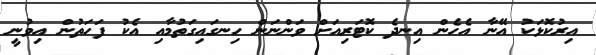
އިރުކޮޅަކު އޭނާ އެހެން އިނދެ ކޮޓަރިއަށް ވަންނަން ހިނގައިގަތުމާއި އެކު ފަހަތުން އިވުނީ